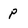
Character: p